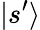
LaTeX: |s^{\prime}\rangle